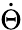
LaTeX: \dot{\Theta}